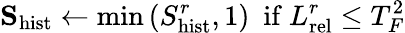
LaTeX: \mathbf{S}_{\mathrm{hist}}\leftarrow\mathrm{min}\left(S_{\mathrm{hist}}^{r},1\right)\ \ \mathrm{if}\ L_{\mathrm{rel}}^{r}\leq T_{F}^{2}